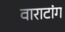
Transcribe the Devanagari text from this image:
वाराटांग